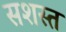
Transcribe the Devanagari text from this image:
सशस्त